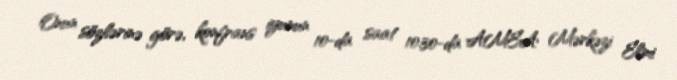
Onun sözlərinə görə, konfrans iyunun 10-da saat 10:30-da AMEA Mərkəzi Elmi